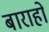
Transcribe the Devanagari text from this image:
बाराहों